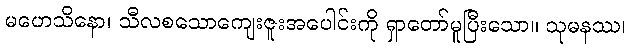
မဟေသိနော၊ သီလစသောကျေးဇူးအပေါင်းကို ရှာတော်မူပြီးသော။ သုမနဿ၊